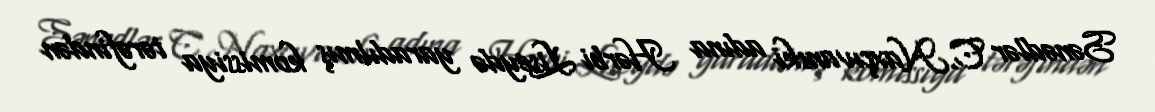
Sənədlər C.Naxçıvanski adına Hərbi Liseydə yaradılmış komissiya tərəfindən